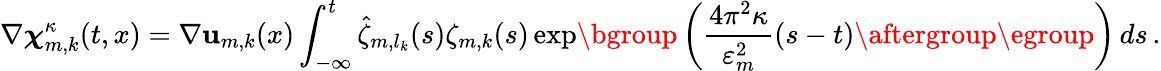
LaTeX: \nabla{\boldsymbol{\chi}}_{m,k}^{\kappa}(t,x)=\nabla\mathbf{u}_{m,k}(x)\int_{-\infty}^{t}\hat{\zeta}_{m,l_{k}}(s)\zeta_{m,k}(s)\exp\mathopen{}\mathclose\bgroup\left(\frac{4\pi^{2}\kappa}{\varepsilon_{m}^{2}}(s-t)\aftergroup\egroup\right)\, ds\, .